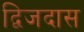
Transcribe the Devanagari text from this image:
द्विजदास